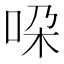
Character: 𫩴